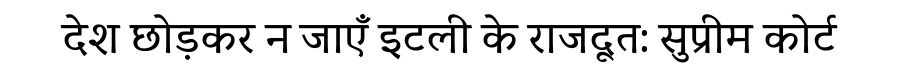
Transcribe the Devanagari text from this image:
देश छोड़कर न जाएँ इटली के राजदूत: सुप्रीम कोर्ट